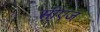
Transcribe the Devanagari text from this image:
सीएज